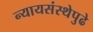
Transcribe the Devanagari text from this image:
न्यायसंस्थेपुढे